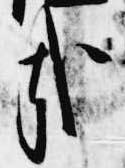
哉